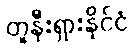
တူနီးရှားနိုင်ငံ